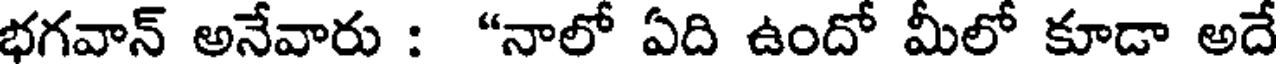
భగవాన్ అనేవారు : "నాలో ఏది ఉందో మీలో కూడా అదే